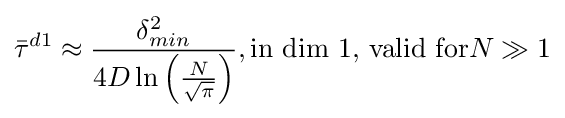
{\bar {\tau }}^{d1}\approx {\frac {\delta _{min}^{2}}{4D\ln \left({\frac {N}{\sqrt {\pi }}}\right)}},{\hbox{in  dim  1, valid for}}N\gg 1